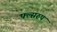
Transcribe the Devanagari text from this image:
फ्ल्सरुप